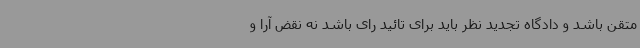
متقن باشد و دادگاه تجدید نظر باید برای تائید رای باشد نه نقض آرا و